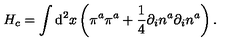
H _ { c } = \int \mathrm { d } ^ { 2 } x \left( \pi ^ { a } \pi ^ { a } + \frac { 1 } { 4 } \partial _ { i } n ^ { a } \partial _ { i } n ^ { a } \right) .